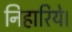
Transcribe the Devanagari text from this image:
निहारिये।